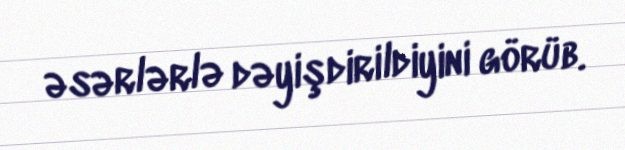
əsərlərlə dəyişdirildiyini görüb.